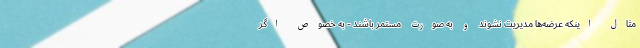
مثال اینکه عرضه‌ها مدیریت نشوند و به صورت مستمر باشند - به خصوص اگر